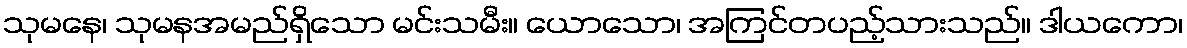
သုမနေ၊ သုမနအမည်ရှိသော မင်းသမီး။ ယောသော၊ အကြင်တပည့်သားသည်။ ဒါယကော၊